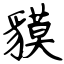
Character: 貘